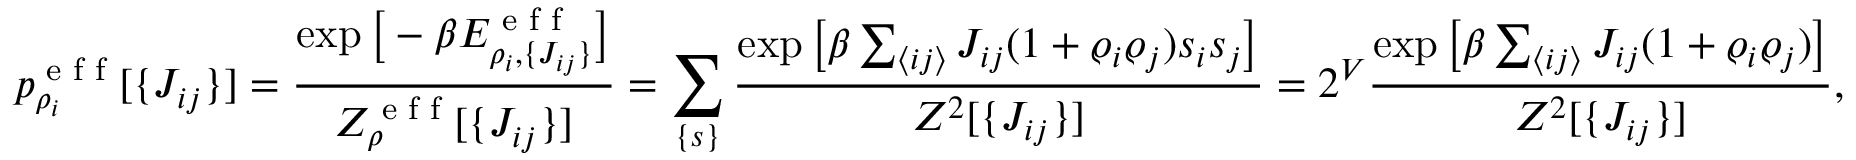
p _ { \rho _ { i } } ^ { \textrm { e f f } } [ \lbrace J _ { i j } \rbrace ] = \frac { \exp \big [ - \beta E _ { \rho _ { i } , \lbrace J _ { i j } \rbrace } ^ { \textrm { e f f } } \big ] } { Z _ { \rho } ^ { \textrm { e f f } } [ \lbrace J _ { i j } \rbrace ] } = \sum _ { \lbrace s \rbrace } \frac { \exp \big [ \beta \sum _ { \langle i j \rangle } J _ { i j } ( 1 + \varrho _ { i } \varrho _ { j } ) s _ { i } s _ { j } \big ] } { Z ^ { 2 } [ \lbrace J _ { i j } \rbrace ] } = 2 ^ { V } \frac { \exp \big [ \beta \sum _ { \langle i j \rangle } J _ { i j } ( 1 + \varrho _ { i } \varrho _ { j } ) \big ] } { Z ^ { 2 } [ \lbrace J _ { i j } \rbrace ] } ,